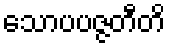
သောပပဇ္ဇတီတိ